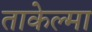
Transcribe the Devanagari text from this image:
ताकेल्मा